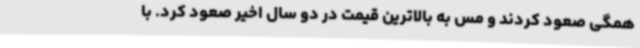
همگی صعود کردند و مس به بالاترین قیمت در دو سال اخیر صعود کرد. با